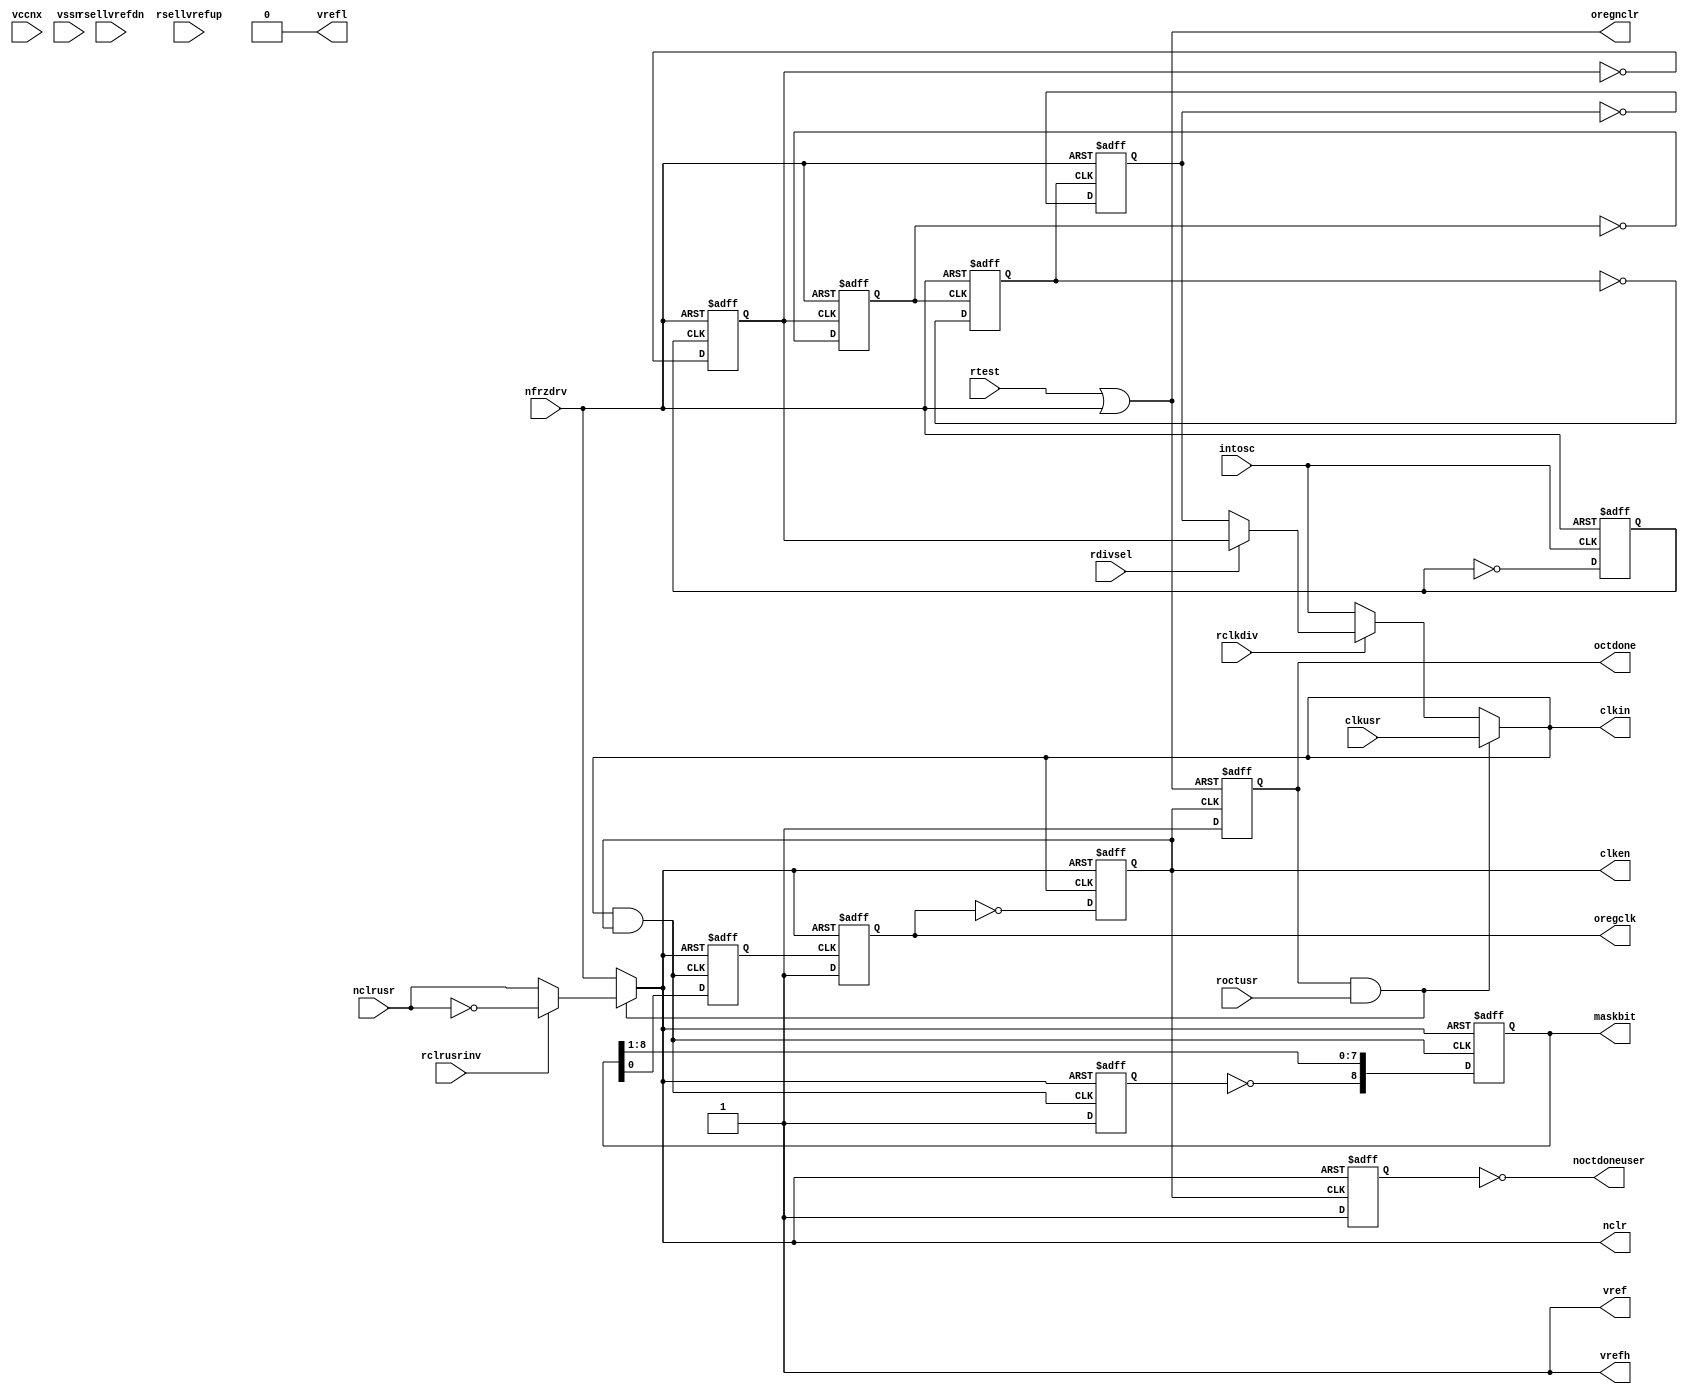
module cycloneiv_termination_ctrl (
    clkusr,
    intosc,
    nclrusr,
    nfrzdrv,
    rclkdiv,
    rclrusrinv,
    rdivsel,
    roctusr,
    rsellvrefdn,
    rsellvrefup,
    rtest,
    vccnx,
    vssn,
    clken,
    clkin,
    maskbit,
    nclr,
    noctdoneuser,
    octdone,
    oregclk,
    oregnclr,
    vref,
    vrefh,
    vrefl);
input        clkusr;
input        intosc;       
input        nclrusr;      
input        nfrzdrv;      
input        rclkdiv;      
input        rclrusrinv;   
input        rdivsel;      
input        roctusr;      
input        rsellvrefdn;  
input        rsellvrefup;  
input        rtest;        
input        vccnx;        
input        vssn;         
output       clken;        
output       clkin;
output [8:0] maskbit;
output       nclr;
output       noctdoneuser;
output       octdone;
output       oregclk;
output       oregnclr;
output       vref;
output       vrefh;
output       vrefl;
parameter	REG_TCO_DLY	= 0;  
   reg		divby2;
   reg		divby4;
   reg		divby8;
   reg		divby16;
   reg		divby32;
   reg		oregclk;
   reg	 	oregclkclk;
   reg		intosc_div4;
   reg		intosc_div32;
   reg 		clken;
   reg 		octdoneuser;
   reg 		startbit;
   reg	  [8:0] maskbit;
   reg 		octdone;
   wire	  [8:0] maskbit_d;
   wire		intoscin;
   wire		clk_sel;
   wire		intosc_clk;
   wire		clkin;
   wire		oregnclr;
   wire		clr_invert;
   wire		nclr;
   wire 	adcclk;
   initial 
   begin
       octdone     = 1'b1;    
       octdoneuser = 1'b0;
       startbit    = 1'b0;
       maskbit     = 9'b000000000;
       oregclk     = 1'b0;
       oregclkclk  = 1'b0;
       clken       = 1'b0;
       divby2 = 1'b0;
       divby4 = 1'b0;
       divby8 = 1'b0;
       divby16 = 1'b0;
       divby32 = 1'b0;
       intosc_div4 = 1'b0;
       intosc_div32 = 1'b0;
   end
   assign noctdoneuser	= ~octdoneuser;
    always @(posedge intosc or negedge nfrzdrv) begin
	if (!nfrzdrv) 	divby2 <= #(REG_TCO_DLY) 1'b0;
	else 		divby2 <= #(REG_TCO_DLY) ~divby2;
    end
    always @(posedge divby2 or negedge nfrzdrv) begin
	if (!nfrzdrv) 	divby4 <= #(REG_TCO_DLY) 1'b0;
	else 		divby4 <= #(REG_TCO_DLY) ~divby4;
    end
    always @(posedge divby4 or negedge nfrzdrv) begin
	if (!nfrzdrv) 	divby8 <= #(REG_TCO_DLY) 1'b0;
	else 		divby8 <= #(REG_TCO_DLY) ~divby8;
    end
    always @(posedge divby8 or negedge nfrzdrv) begin
	if (!nfrzdrv) 	divby16 <= #(REG_TCO_DLY) 1'b0;
	else 		divby16 <= #(REG_TCO_DLY) ~divby16;
    end
    always @(posedge divby16 or negedge nfrzdrv) begin
	if (!nfrzdrv) 	divby32 <= #(REG_TCO_DLY) 1'b0;
	else 		divby32 <= #(REG_TCO_DLY) ~divby32;
    end
    assign intoscin	= rdivsel ? divby4 : divby32;    
    assign clk_sel	= octdone & roctusr; 
    assign intosc_clk	= rclkdiv ? intoscin : intosc;
    assign clkin	= clk_sel ? clkusr : intosc_clk;
    assign oregnclr	= rtest | nfrzdrv;   
    assign clr_invert	= rclrusrinv ? ~nclrusr : nclrusr;
    assign nclr		= clk_sel ? clr_invert : nfrzdrv;
    always @(negedge clkin or negedge nclr) begin
	if (!nclr) 	clken <= #(REG_TCO_DLY) 1'b0;
	else	   	clken <= #(REG_TCO_DLY) ~oregclk;
    end 
    always @(negedge clken or negedge oregnclr) begin
	if (!oregnclr)  octdone <= #(REG_TCO_DLY) 1'b0;
	else	    	octdone <= #(REG_TCO_DLY) 1'b1;
    end
    assign adcclk	= clkin & clken;
    always @(posedge adcclk or negedge nclr) begin
	if (!nclr) 
	    startbit	<= #(REG_TCO_DLY) 1'b0;
	else
	    startbit	<= #(REG_TCO_DLY) 1'b1;
    end
    assign maskbit_d	= {~startbit, maskbit[8:1]};
    always @(posedge adcclk or negedge nclr) begin
	if (!nclr) begin
	    maskbit 	<= #(REG_TCO_DLY) 9'b0;
	    oregclkclk	<= #(REG_TCO_DLY) 1'b0;
	end
	else begin
	    maskbit	<= #(REG_TCO_DLY) maskbit_d;
	    oregclkclk	<= #(REG_TCO_DLY) maskbit[0];
	end
    end
    always @(negedge oregclkclk or negedge nclr) begin
	if (~nclr) 	oregclk <= #(REG_TCO_DLY) 1'b0;
	else	   	oregclk <= #(REG_TCO_DLY) 1'b1;
    end
    always @(negedge clken or negedge nclr) begin
	if (~nclr)	octdoneuser <= #(REG_TCO_DLY) 1'b0;
	else		octdoneuser <= #(REG_TCO_DLY) 1'b1;
    end
    assign vrefh = 1'b1;
    assign vref  = 1'b1;
    assign vrefl = 1'b0;
endmodule